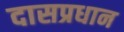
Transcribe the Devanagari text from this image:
दासप्रधान